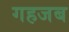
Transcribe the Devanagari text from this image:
गहजब